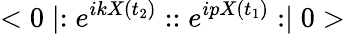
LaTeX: <0\mid:e^{ikX(t_{2})}::e^{ipX(t_{1})}:\mid 0>